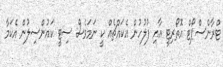
ޓްރާންސްޕޯޓް އޮތޯރިޓީ އާއި ފުލުހުން އެކައްޗެއް ކީ ނަމަވެސް ސިޓީ ކައުންސިލުން އެކަމާ